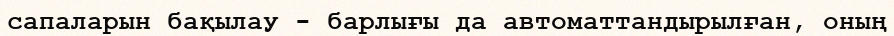
сапаларын бақылау - барлығы да автоматтандырылған, оның